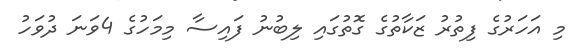
މި އަހަރުގެ ފިތުރު ޒަކާތުގެ ގޮތުގައި ލިބުނު ފައިސާ މިމަހުގެ 4ވަނަ ދުވަހު